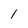
Character: l